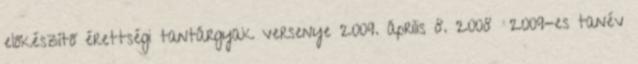
előkészítő érettségi tantárgyak versenye 2009. április 8. 2008 2009-es tanév